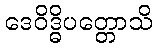
ဒေဝိဒ္ဓိပတ္တောသိ